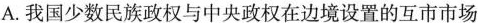
A. 我国少数民族政权与中央政权在边境设置的互市市场